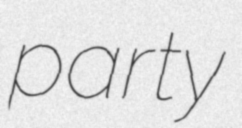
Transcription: party